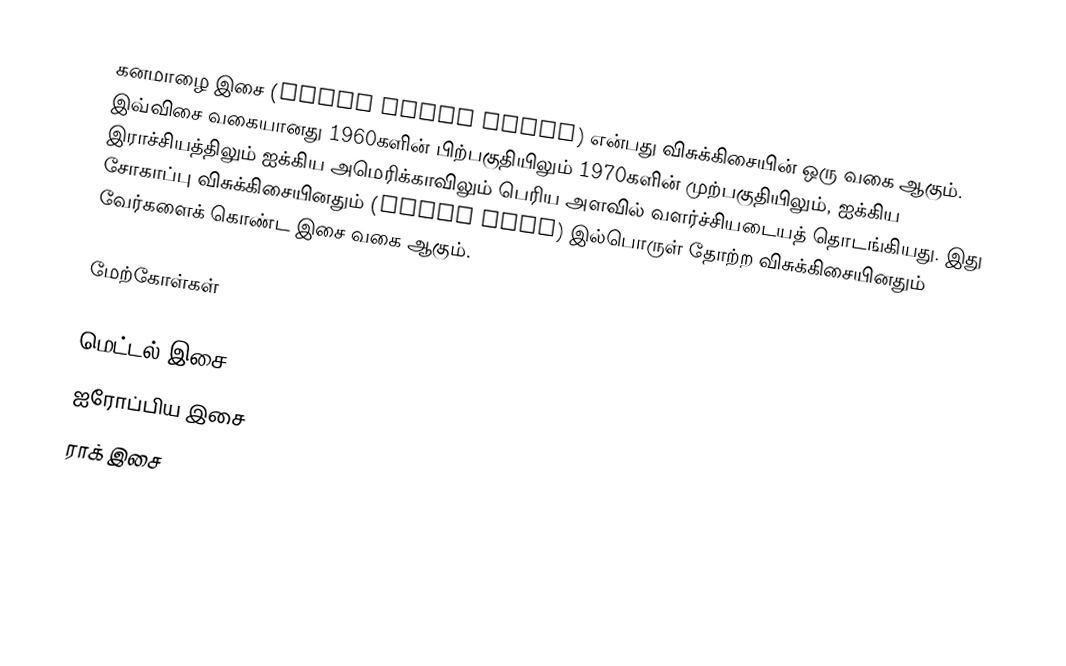
கனமாழை இசை (heavy metal music) என்பது விசுக்கிசையின் ஒரு வகை ஆகும். இவ்விசை வகையானது 1960களின் பிற்பகுதியிலும் 1970களின் முற்பகுதியிலும், ஐக்கிய இராச்சியத்திலும் ஐக்கிய அமெரிக்காவிலும் பெரிய அளவில் வளர்ச்சியடையத் தொடங்கியது. இது சோகாப்பு விசுக்கிசையினதும் (Blues Rock) இல்பொருள் தோற்ற விசுக்கிசையினதும் வேர்களைக் கொண்ட இசை வகை ஆகும்.

மேற்கோள்கள்

மெட்டல் இசை
ஐரோப்பிய இசை
ராக் இசை